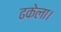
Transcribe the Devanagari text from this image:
ढकेला।